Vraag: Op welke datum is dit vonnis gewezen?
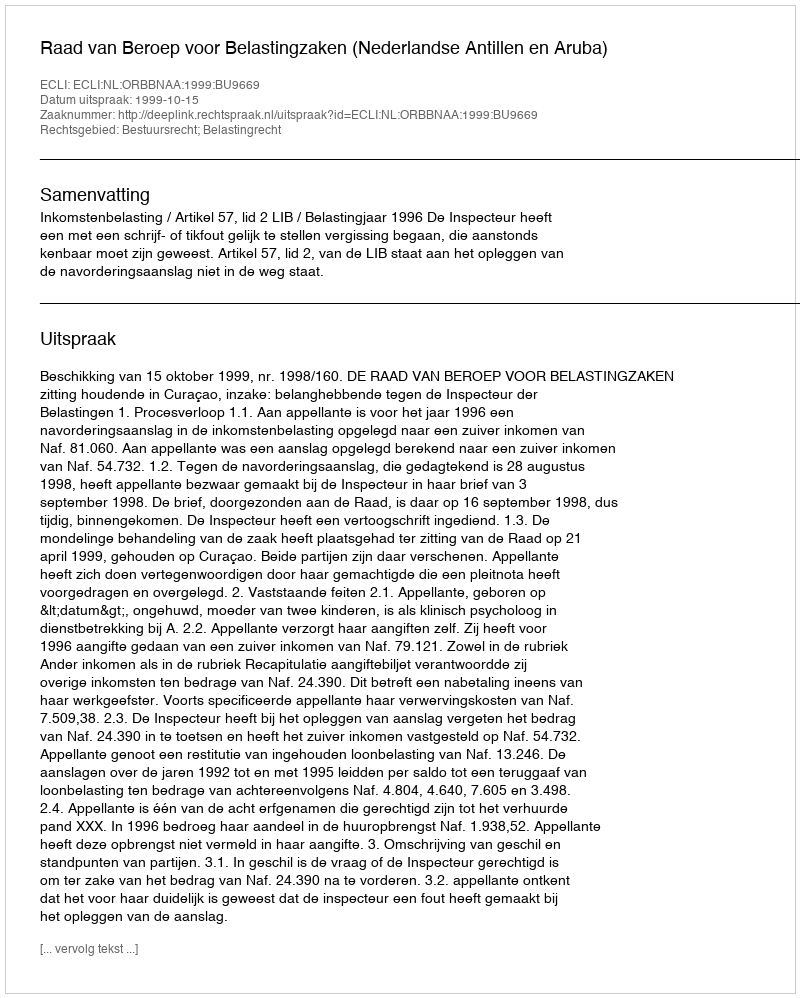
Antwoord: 1999-10-15